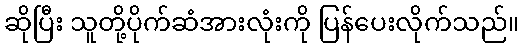
ဆိုပြီး သူတို့ပိုက်ဆံအားလုံးကို ပြန်ပေးလိုက်သည်။